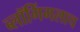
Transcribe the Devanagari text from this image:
ब्लॉगिंगलाच